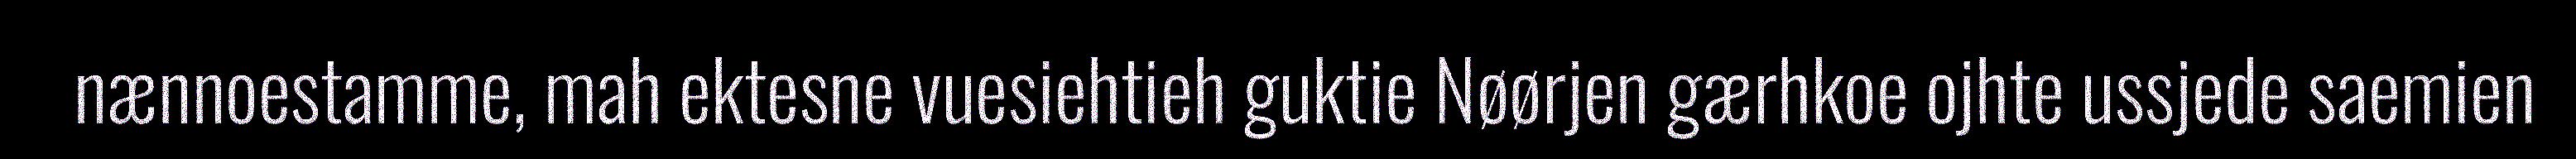
nænnoestamme, mah ektesne vuesiehtieh guktie Nøørjen gærhkoe ojhte ussjede saemien